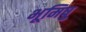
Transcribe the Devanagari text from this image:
भूमिषु